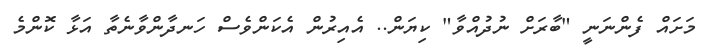
މަށައް ފެންނަނީ "ބާރަށް ނުދުއްވާ" ކިޔަން.. އެއިރުން އެކަންވެސް ހަނދާންވާނެތާ އަޅާ ކޮންމެ